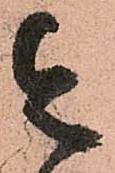
令